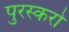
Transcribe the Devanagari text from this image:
पुरस्करो